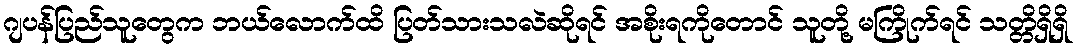
ဂျပန်ပြည်သူတွေက ဘယ်လောက်ထိ ပြတ်သားသလဲဆိုရင် အစိုးရကိုတောင် သူတို့ မကြိုက်ရင် သတ္တိရှိရှိ